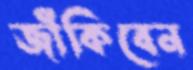
জাঁকিবেন